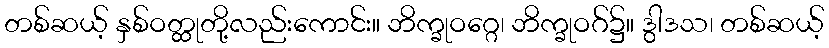
တစ်ဆယ့် နှစ်ဝတ္ထုတို့လည်းကောင်း။ ဘိက္ခုဝဂ္ဂေ၊ ဘိက္ခုဝဂ်၌။ ဒွါဒသ၊ တစ်ဆယ့်